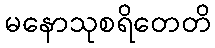
မနောသုစရိတေတိ